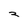
Character: 2